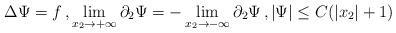
LaTeX: \begin{align*} \Delta \Psi = f\,,\lim_{x_{2}\to +\infty} \partial_{2}\Psi = -\lim_{x_{2}\to -\infty} \partial_{2}\Psi\,, |\Psi |\leq C (|x_{2}|+1) \end{align*}